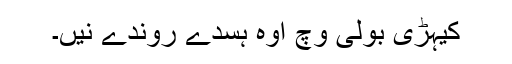
کیہڑی بولی وچ اوہ ہسدے روندے نیں۔